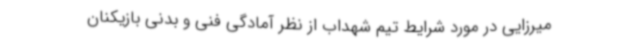
میرزایی در مورد شرایط تیم شهداب از نظر آمادگی فنی و بدنی بازیکنان